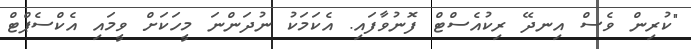
"ކުރިން ވެސް އިނދޭ ރިކުއެސްޓް ފޮނުވާފައި. އެކަމަކު ނުދަންނަ މީހަކަށް ވީމައި އެކްސެޕްޓް